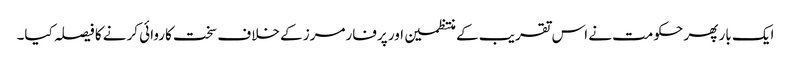
ایک بار پھر حکومت نے اس تقریب کے منتظمین اور پرفارمرز کے خلاف سخت کاروائی کرنے کا فیصلہ کیا۔